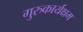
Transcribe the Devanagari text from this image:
गुरुकार्यक्षम